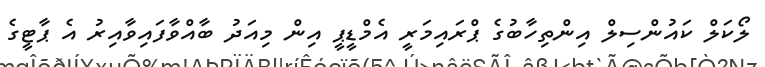
ލޯކަލް ކައުންސިލް އިންތިހާބުގެ ޕްރައިމަރީ އެމްޑީޕީ އިން މިއަދު ބާއްވާފައިވާއިރު އެ ޕާޓީގެ